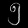
Digit: ၅